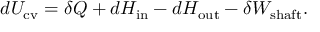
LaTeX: d U _ { \mathrm { c v } } = \delta Q + d H _ { \mathrm { i n } } - d H _ { \mathrm { o u t } } - \delta W _ { \mathrm { s h a f t } } .